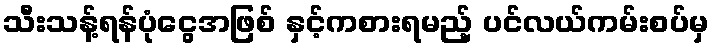
သီးသန့်ရန်ပုံငွေအဖြစ် နှင့်ကစားရမည့် ပင်လယ်ကမ်းစပ်မှ